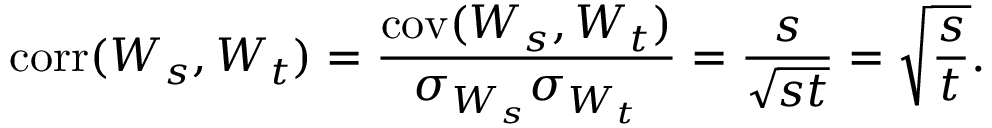
\operatorname { c o r r } ( W _ { s } , W _ { t } ) = { \frac { \operatorname { c o v } ( W _ { s } , W _ { t } ) } { \sigma _ { W _ { s } } \sigma _ { W _ { t } } } } = { \frac { s } { \sqrt { s t } } } = { \sqrt { \frac { s } { t } } } .